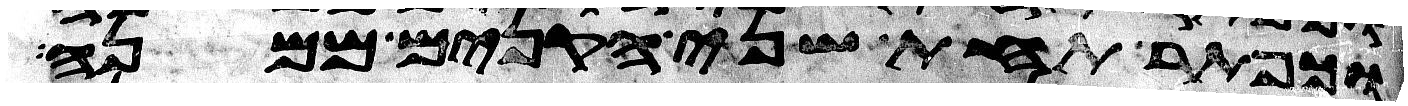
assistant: וכפתר תחת שני הקנים ממנה